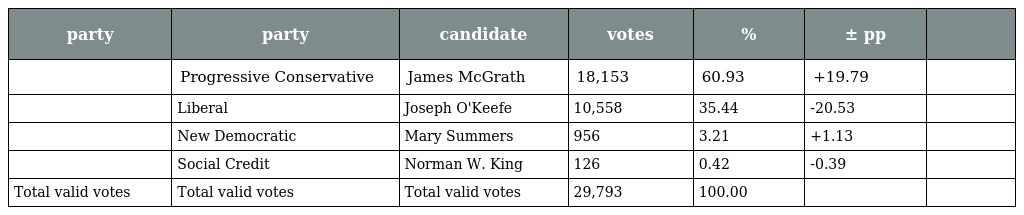
| party | party | candidate | votes | % | ± pp |  |
 | --- | --- | --- | --- | --- | --- | --- |
 |  | Progressive Conservative | James McGrath | 18,153 | 60.93 | +19.79 |  |
 |  | Liberal | Joseph O'Keefe | 10,558 | 35.44 | -20.53 |  |
 |  | New Democratic | Mary Summers | 956 | 3.21 | +1.13 |  |
 |  | Social Credit | Norman W. King | 126 | 0.42 | -0.39 |  |
 | Total valid votes | Total valid votes | Total valid votes | 29,793 | 100.00 |  |  |